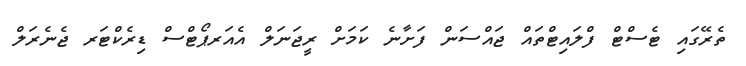
ތެރޭގައި ޓެސްޓް ފްލައިޓްތައް ޖަައްސަން ފަށާނެ ކަމަށް ރީޖަނަލް އެއަރޕޯޓްސް ޑިރެކްޓަރ ޖެނެރަލް